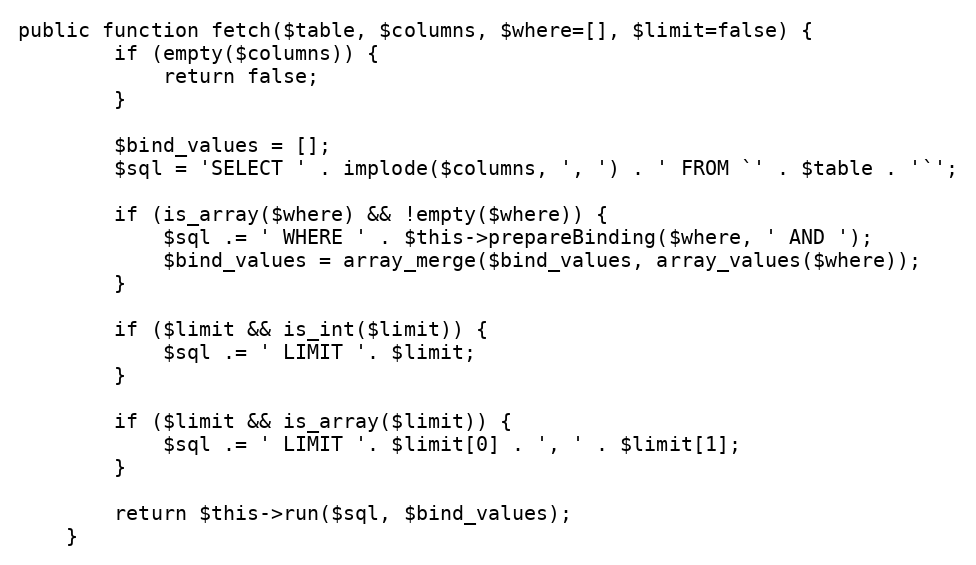
Language: PHP
public function fetch($table, $columns, $where=[], $limit=false) {
        if (empty($columns)) {
            return false;
        }

        $bind_values = [];
        $sql = 'SELECT ' . implode($columns, ', ') . ' FROM `' . $table . '`';

        if (is_array($where) && !empty($where)) {
            $sql .= ' WHERE ' . $this->prepareBinding($where, ' AND ');
            $bind_values = array_merge($bind_values, array_values($where));
        }

        if ($limit && is_int($limit)) {
            $sql .= ' LIMIT '. $limit;
        }

        if ($limit && is_array($limit)) {
            $sql .= ' LIMIT '. $limit[0] . ', ' . $limit[1];
        }

        return $this->run($sql, $bind_values);
    }